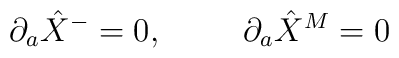
\partial_a \hat{X}^-=0, \hspace{1.0cm} \partial_a \hat{X}^M=0